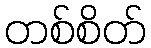
တစ်စိတ်